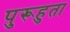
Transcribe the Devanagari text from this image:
पुरूहुता